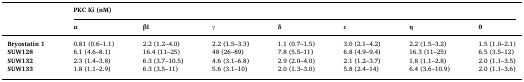
<table><thead><tr><td></td><td colspan="7"><b>PKC Ki (nM)</b></td></tr><tr><td></td><td><b>α</b></td><td><b>βI</b></td><td><b>γ</b></td><td><b>δ</b></td><td><b>ε</b></td><td><b>η</b></td><td><b>θ</b></td></tr></thead><tbody><tr><td><b>Bryostatin 1</b></td><td>0.81 (0.6–1.1)</td><td>2.2 (1.2–4.0)</td><td>2.2 (1.5–3.3)</td><td>1.1 (0.7–1.5)</td><td>3.0 (2.1–4.2)</td><td>2.2 (1.5–3.2)</td><td>1.5 (1.0–2.1)</td></tr><tr><td><b>SUW128</b></td><td>6.1 (4.6–8.1)</td><td>16.4 (11–25)</td><td>48 (26–89)</td><td>7.8 (5.5–11)</td><td>6.8 (4.9–9.4)</td><td>16.3 (11–25)</td><td>6.5 (3.5–12)</td></tr><tr><td><b>SUW132</b></td><td>2.3 (1.4–3.8)</td><td>6.3 (3.7–10.5)</td><td>4.6 (3.1–6.8)</td><td>2.9 (2.0–4.0)</td><td>2.1 (1.2–3.7)</td><td>1.8 (1.1–2.8)</td><td>2.0 (1.1–3.5)</td></tr><tr><td><b>SUW133</b></td><td>1.8 (1.1–2.9)</td><td>6.3 (3.5–11)</td><td>5.6 (3.1–10)</td><td>2.0 (1.3–3.0)</td><td>5.8 (2.4–14)</td><td>6.4 (3.6–10.9)</td><td>2.0 (1.1–3.6)</td></tr></tbody></table>